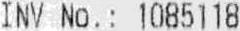
INV NO. : 1085118